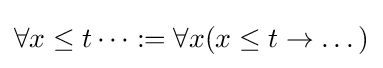
\forall x\leq t\dots :=\forall x(x\leq t\rightarrow \dots )